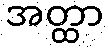
အတ္ထာ